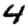
Digit: 4